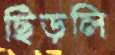
ছিঁড়লি